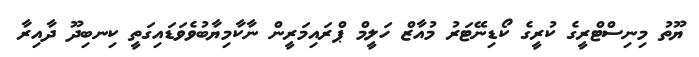
ޔޫތު މިނިސްޓްރީގެ ކުރީގެ ކޯޑިނޭޓަރު މުއާޒް ހަލީމް ޕްރައިމަރީން ނާކާމިޔާބުވެވަޑައިގަތީ ކިނބިދޫ ދާއިރާ